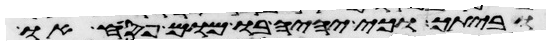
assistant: וביתך וכי יהיה בו מום פסח או